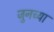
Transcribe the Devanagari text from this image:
जुनच्या